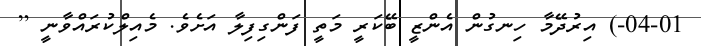
04-01-) އިރުދޭމާ ހިނގުން އެންޒީ ބޭކަރީ މަތީ ފަންގިފިލާ އަށެވެ. މެއިލްކުރައްވާނީ [